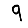
Digit: 9